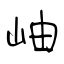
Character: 岫